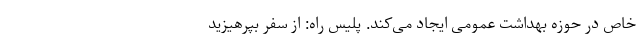
خاص در حوزه بهداشت عمومی ایجاد می‌کند. پلیس راه: از سفر بپرهیزید